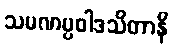
သမဏပ္ပဝါဒသိတာနိ